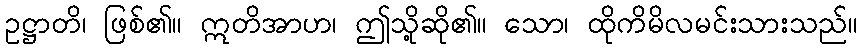
ဥဋ္ဌာတိ၊ ဖြစ်၏။ ဣတိအာဟ၊ ဤသို့ဆို၏။ သော၊ ထိုကိမိလမင်းသားသည်။